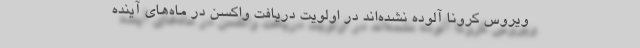
ویروس کرونا آلوده نشده‌اند در اولویت دریافت واکسن در ماه‌های آینده